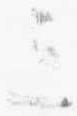
三